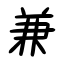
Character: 兼